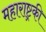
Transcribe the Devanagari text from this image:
महाराष्ट्रकी